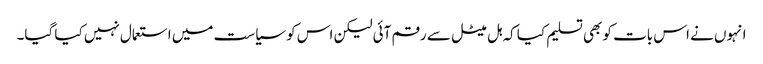
انہوں نے اس بات کو بھی تسلیم کیا کہ ہل میٹل سے رقم آئی لیکن اس کو سیاست میں استعمال نہیں کیا گیا۔